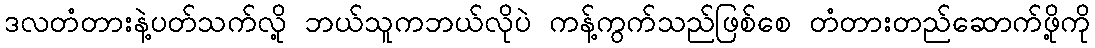
ဒလတံတားနဲ့ပတ်သက်လို့ ဘယ်သူကဘယ်လိုပဲ ကန့်ကွက်သည်ဖြစ်စေ တံတားတည်ဆောက်ဖို့ကို